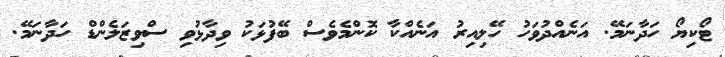
ޓޯކިޔޯ ހަދާނަމޭ. އަނެއްދުވަހު ހޭލިއިރު އަނެއްކާ ކޮންމެވެސް ބޭފުޅަކު ވިދާޅުވި ސްވިޒަލެންޑް ހަދާނަމޭ.